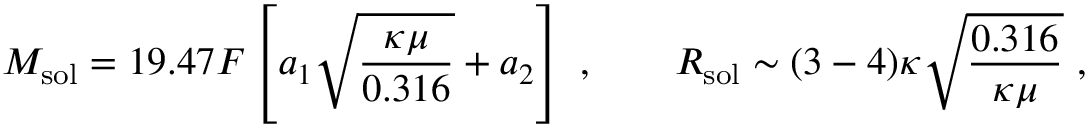
M _ { \mathrm { s o l } } = 1 9 . 4 7 F \left[ a _ { 1 } \sqrt { \frac { \kappa \mu } { 0 . 3 1 6 } } + a _ { 2 } \right] \ , \ \ \ \ \ \ R _ { \mathrm { s o l } } \sim ( 3 - 4 ) \kappa \sqrt { \frac { 0 . 3 1 6 } { \kappa \mu } } \ ,